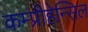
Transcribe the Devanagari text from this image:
कम्प्रीहेन्सिल